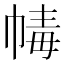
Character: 𢃶